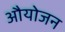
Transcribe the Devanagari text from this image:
औयोजन